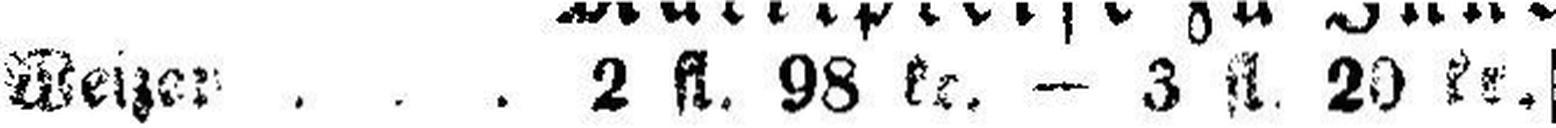
Weizen . . . 2 fl. 98 kr. — 3 fl. 20 kr.